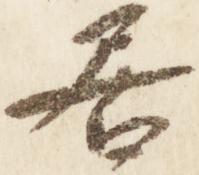
居